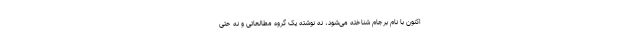
اکنون با نام برجام شناخته می‌شود، نه نوشته یک گروه مطالعاتی و نه حتی